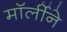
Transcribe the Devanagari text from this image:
मॉर्लीने